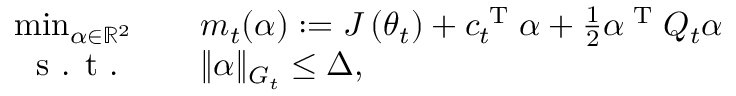
\begin{array} { r l r l } & { \operatorname* { m i n } _ { \alpha \in \mathbb { R } ^ { 2 } } } & & { m _ { t } ( \alpha ) : = J \left( \theta _ { t } \right) + c _ { t } ^ { \textup { T } } \alpha + \frac { 1 } { 2 } \alpha ^ { \textup { T } } Q _ { t } \alpha } \\ & { \ \textup { s . t . } } & & { \| \alpha \| _ { G _ { t } } \leq \Delta , } \end{array}